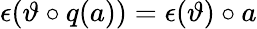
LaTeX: \epsilon(\vartheta\circ q(a))=\epsilon(\vartheta)\circ a